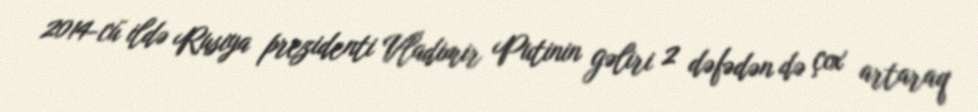
2014-cü ildə Rusiya prezidenti Vladimir Putinin gəliri 2 dəfədən də çox artaraq